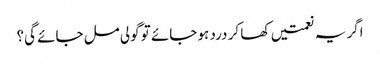
اگر یہ نعمتیں کھا کر درد ہو جائے تو گولی مل جائے گی؟